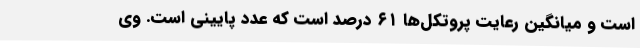
است و میانگین رعایت‌ پروتکل‌ها ۶۱ درصد است که عدد پایینی است‌. وی